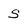
Character: s